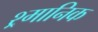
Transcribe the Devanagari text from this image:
श्र्मानिक